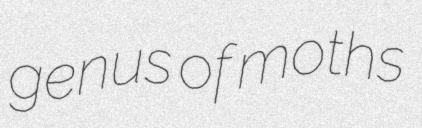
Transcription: genus of moths